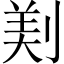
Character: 𠝫